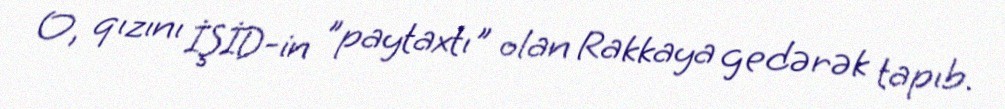
O, qızını İŞİD-in "paytaxtı" olan Rakkaya gedərək tapıb.